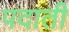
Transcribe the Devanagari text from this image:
पदाती